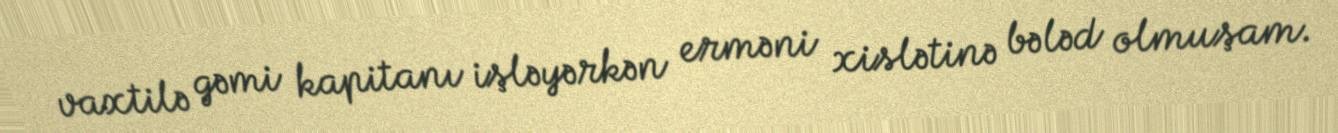
vaxtilə gəmi kapitanı işləyərkən erməni xislətinə bələd olmuşam.